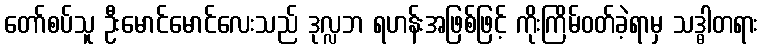
တော်စပ်သူ ဦးမောင်မောင်လေးသည် ဒုလ္လဘ ရဟန်းအဖြစ်ဖြင့် ကိုးကြိမ်ဝတ်ခဲ့ရာမှ သဒ္ဓါတရား